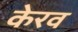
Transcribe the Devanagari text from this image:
केरव